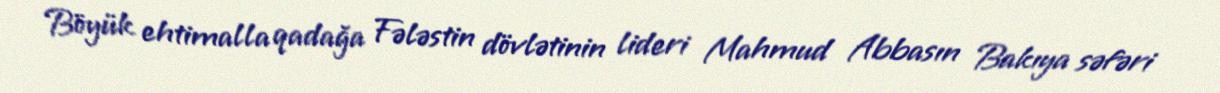
Böyük ehtimalla qadağa Fələstin dövlətinin lideri Mahmud Abbasın Bakıya səfəri